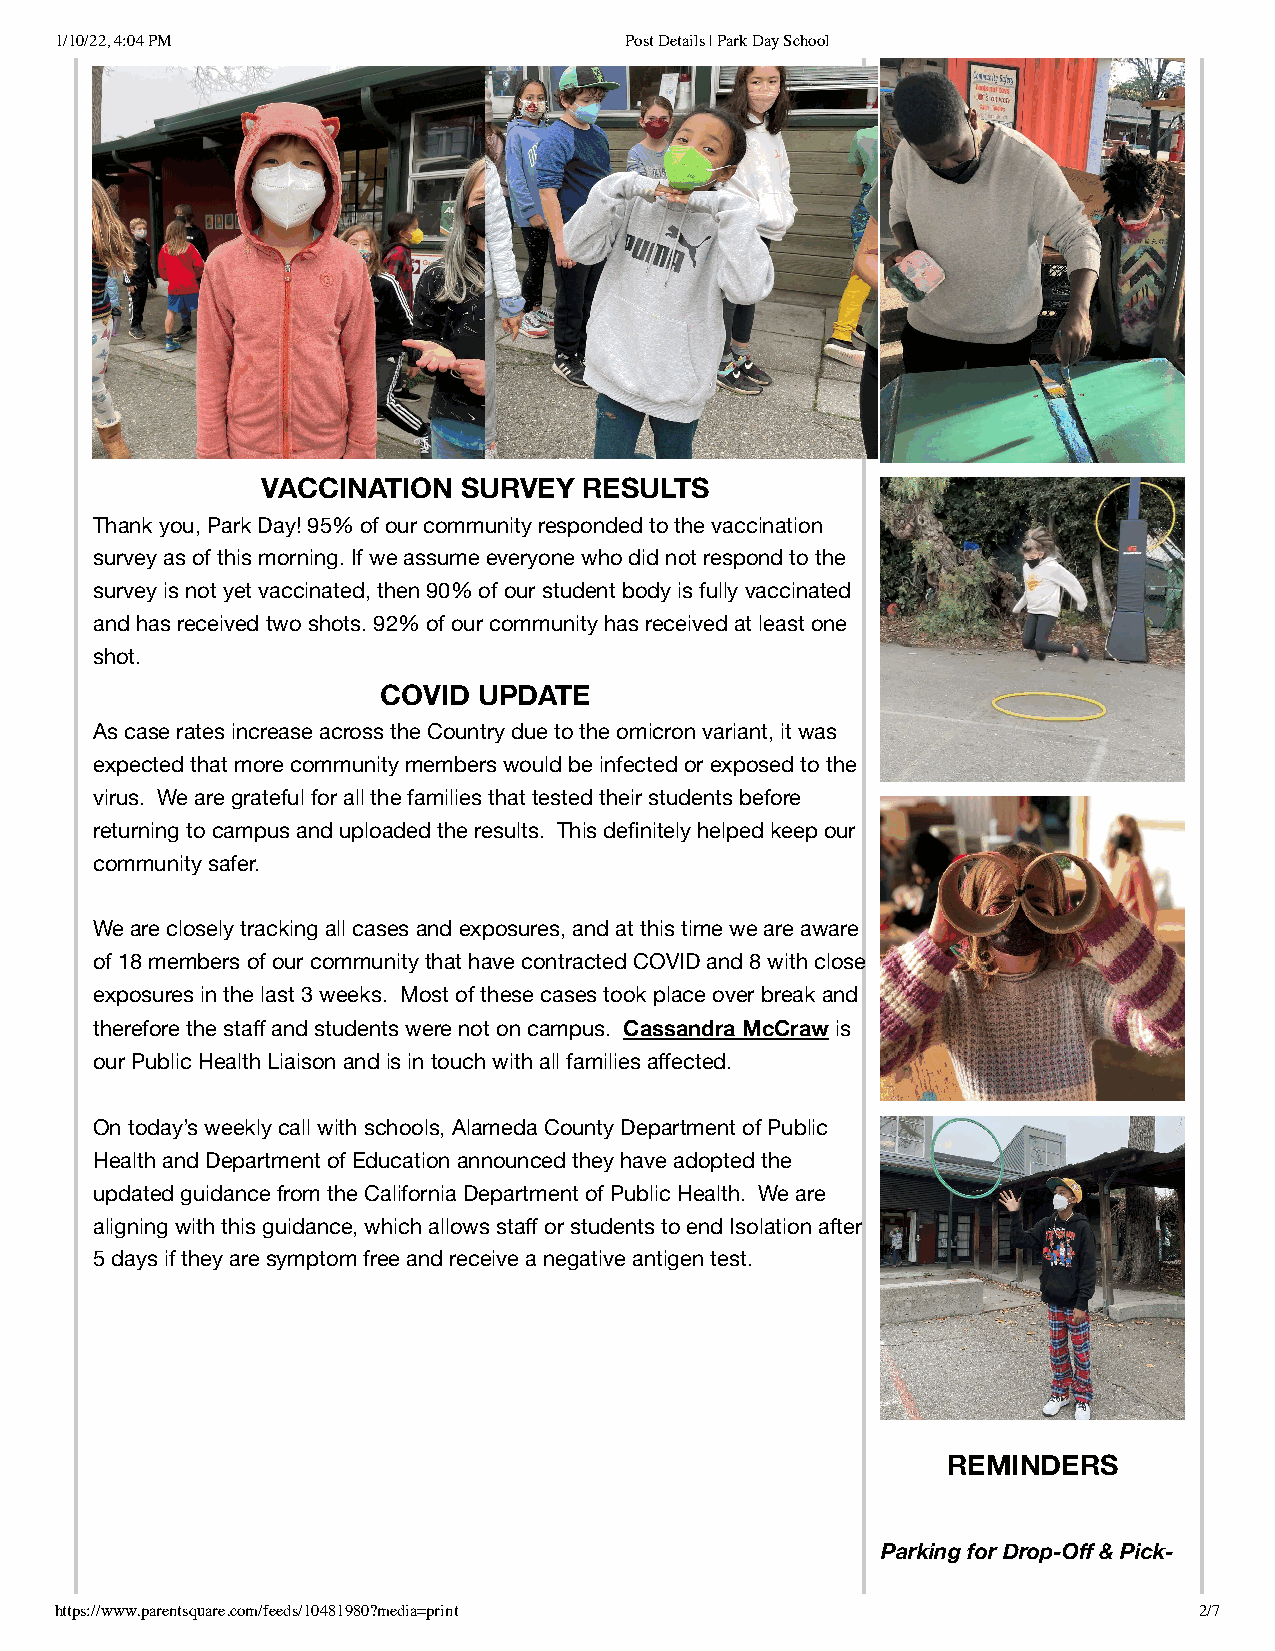
1/10/22, 4:04 PM                     Post Details | Park Day School
 VACCINATION  SURVEY   RESULTS
 Thank you, Park Day! 95% of our community responded to the vaccination
 survey as of this morning. If we assume everyone who did not respond to the
 survey is not yet vaccinated, then 90% of our student body is fully vaccinated
 and has received two shots. 92% of our community has received at least one
 shot.
 COVID  UPDATE
 As case rates increase across the Country due to the omicron variant, it was
 expected that more community members would be infected or exposed to the
 virus. We are grateful for all the families that tested their students before
 returning to campus and uploaded the results. This definitely helped keep our
 community safer.
 We are closely tracking all cases and exposures, and at this time we are aware
 of 18 members of our community that have contracted COVID and 8 with close
 exposures in the last 3 weeks. Most of these cases took place over break and
 therefore the staff and students were not on campus. Cassandra McCraw is
 our Public Health Liaison and is in touch with all families affected.
 On today’s weekly call with schools, Alameda County Department of Public
 Health and Department of Education announced they have adopted the
 updated guidance from the California Department of Public Health. We are
 aligning with this guidance, which allows staff or students to end Isolation after
 5 days if they are symptom free and receive a negative antigen test.
 REMINDERS
 Parking for Drop-Off & Pick-
 https://www.parentsquare.com/feeds/10481980?media=print                    2/7